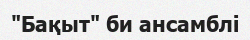
"Бақыт" би ансамблі